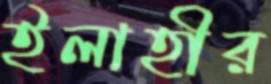
ইলাহীর